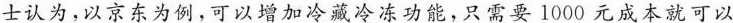
士认为，以京东为例，可以增加冷藏冷冻功能，只需要1000元成本就可以